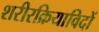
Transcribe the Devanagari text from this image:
शरीरक्रियाविदों